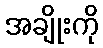
အချိုးကို